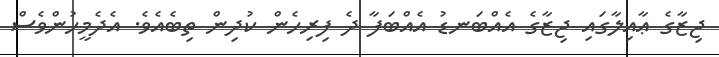
ޖިޒާގެ ޢާއިލާގައި ޖިޒާގެ އެއްބަނޑު އެއްބަފާ ދެ ފިރިހެން ކުދިން ތިބެއެވެ. އެދެމީހުންވެސް